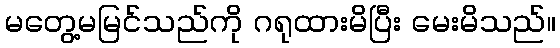
မတွေ့မမြင်သည်ကို ဂရုထားမိပြီး မေးမိသည်။